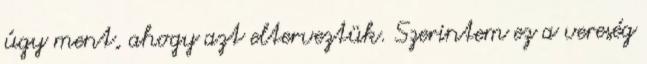
úgy ment, ahogy azt elterveztük. Szerintem ez a vereség